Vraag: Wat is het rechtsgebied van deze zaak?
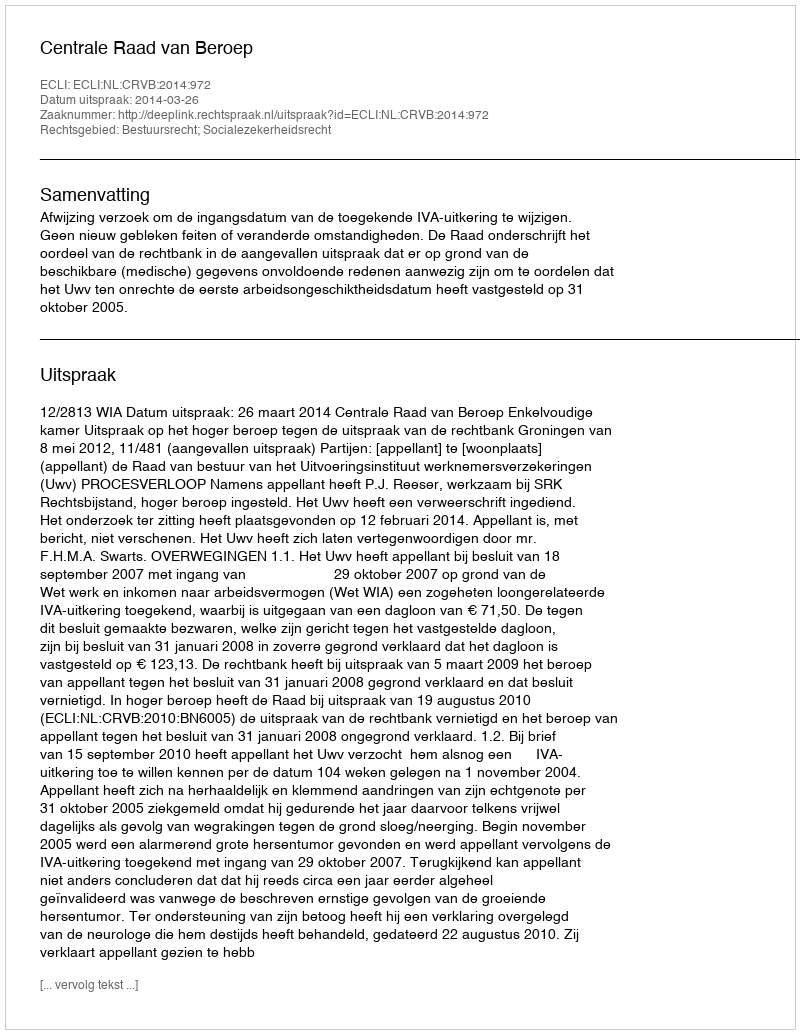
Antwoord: Bestuursrecht; Socialezekerheidsrecht